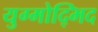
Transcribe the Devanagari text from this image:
युग्मोद्भिद